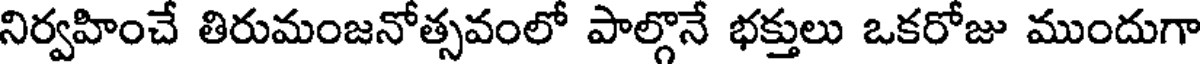
నిర్వహించే తిరుమంజనోత్సవంలో పాల్గొనే భక్తులు ఒకరోజు ముందుగా